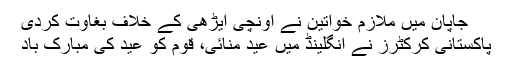
جاپان میں ملازم خواتین نے اونچی ایڑھی کے خلاف بغاوت کردی
پاکستانی کرکٹرز نے انگلینڈ میں عید منائی، قوم کو عید کی مبارک باد